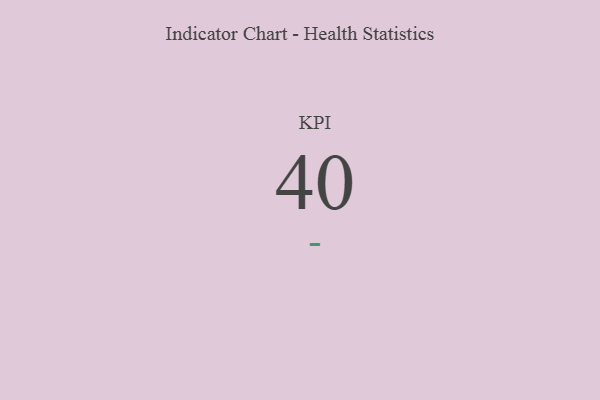
{"axis": {"x": "KPI", "y": "Value"}, "legend": [""], "data": [{"x": "KPI", "y": 40, "type": ""}]}